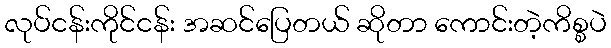
လုပ်ငန်းကိုင်ငန်း အဆင်ပြေတယ် ဆိုတာ ကောင်းတဲ့ကိစ္စပဲ